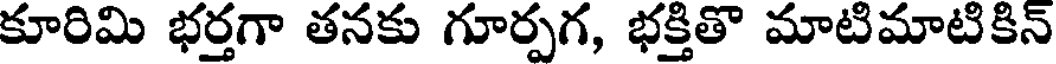
కూరిమి భర్తగా తనకు గూర్పగ, భక్తితొ మాటిమాటికిన్